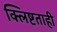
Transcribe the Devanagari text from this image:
क्लिष्टताही